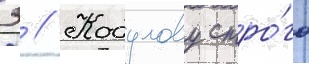
З // Кобулову стро́го